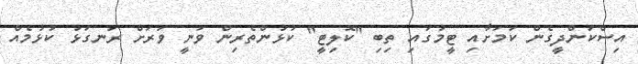
އިސްކަންދީގެން ކަމަށާއި ޓީމުގައި ތިބި "ކޮލިޓީ" ކުޅުންތެރިން ވަނީ ވަރަށް ރަނގަޅު ކުޅުމެއް